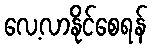
လေ့လာနိုင်စေရန်